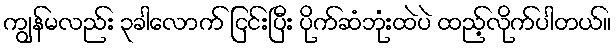
ကျွန်မလည်း ၃ခါလောက် ငြင်းပြီး ပိုက်ဆံဘုံးထဲပဲ ထည့်လိုက်ပါတယ်။